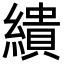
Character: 繢